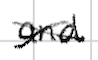
Text: and
Cross-out: cross
Writing tool: digital_black